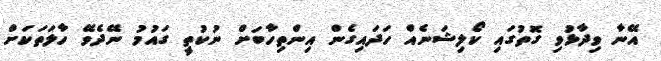
އޭނާ ވިދާޅުވި ގޮތުގައި ކޯލިޝަނެއް ހަދައިގެން އިންތިހާބަށް ނުކުތީ ގައުމު ނޭދެވޭ ހާލަތަކަށް